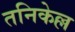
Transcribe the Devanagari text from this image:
तनिकेल्ल